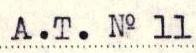
A.T. No 11